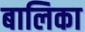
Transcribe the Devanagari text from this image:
बालिका